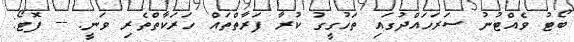
ބޯޓު ވެއްޓުނު ސަރަހައްދުގައި ތަހުގީގު ކުރާ ފަރާތްތައް ހަރަކާތްތެރި ވަނީ. -- ފޮޓޯ: